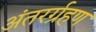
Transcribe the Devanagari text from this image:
अंतरर्ग्रहण